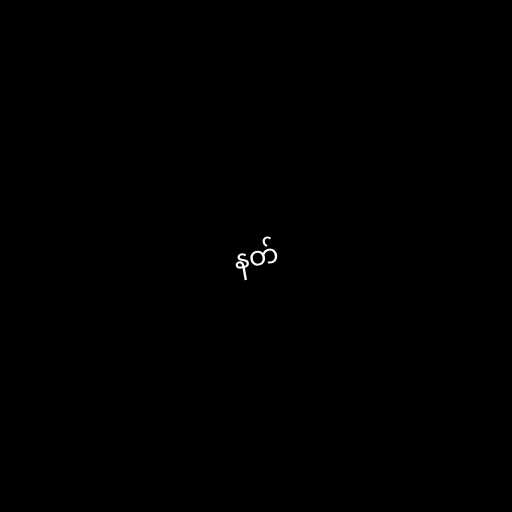
နတ်